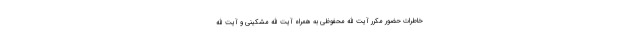
خاطرات حضور مکرر آیت الله محفوظی به همراه آیت الله مشکینی و آیت الله